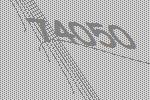
74050